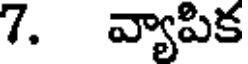
7. వ్యాపిక